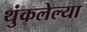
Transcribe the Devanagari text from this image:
थुंकलेल्या